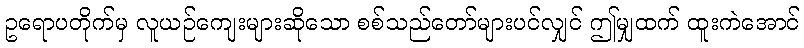
ဥရောပတိုက်မှ လူယဉ်ကျေးများဆိုသော စစ်သည်တော်များပင်လျှင် ဤမျှထက် ထူးကဲအောင်